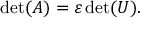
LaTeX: \operatorname* { d e t } ( A ) = \varepsilon \operatorname* { d e t } ( U ) .